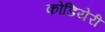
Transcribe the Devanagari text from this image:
कोडियेरी